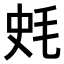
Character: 𣭂